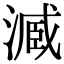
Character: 𣻟